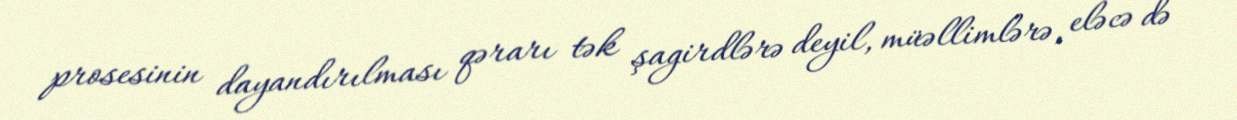
prosesinin dayandırılması qərarı tək şagirdlərə deyil, müəllimlərə, eləcə də